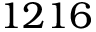
1 2 1 6